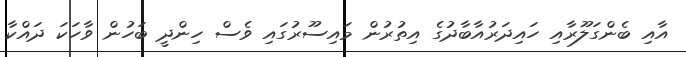
އާއި ބެންގަލޫރާއި ހައިދަރުއާބާދުގެ އިތުރުން މައިސޫރުގައި ވެސް ހިންދީ ބަހުން ވާހަކަ ދައްކާ